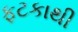
ફટકાથી